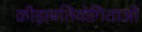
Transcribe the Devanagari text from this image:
क्रीड़ाप्रतियोगिताओं